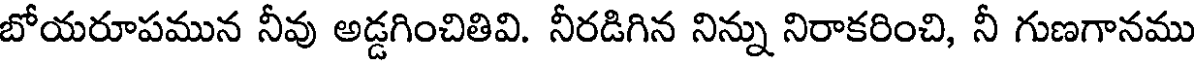
బోయరూపమున నీవు అడ్డగించితివి. నీరడిగిన నిన్ను నిరాకరించి, నీ గుణగానము